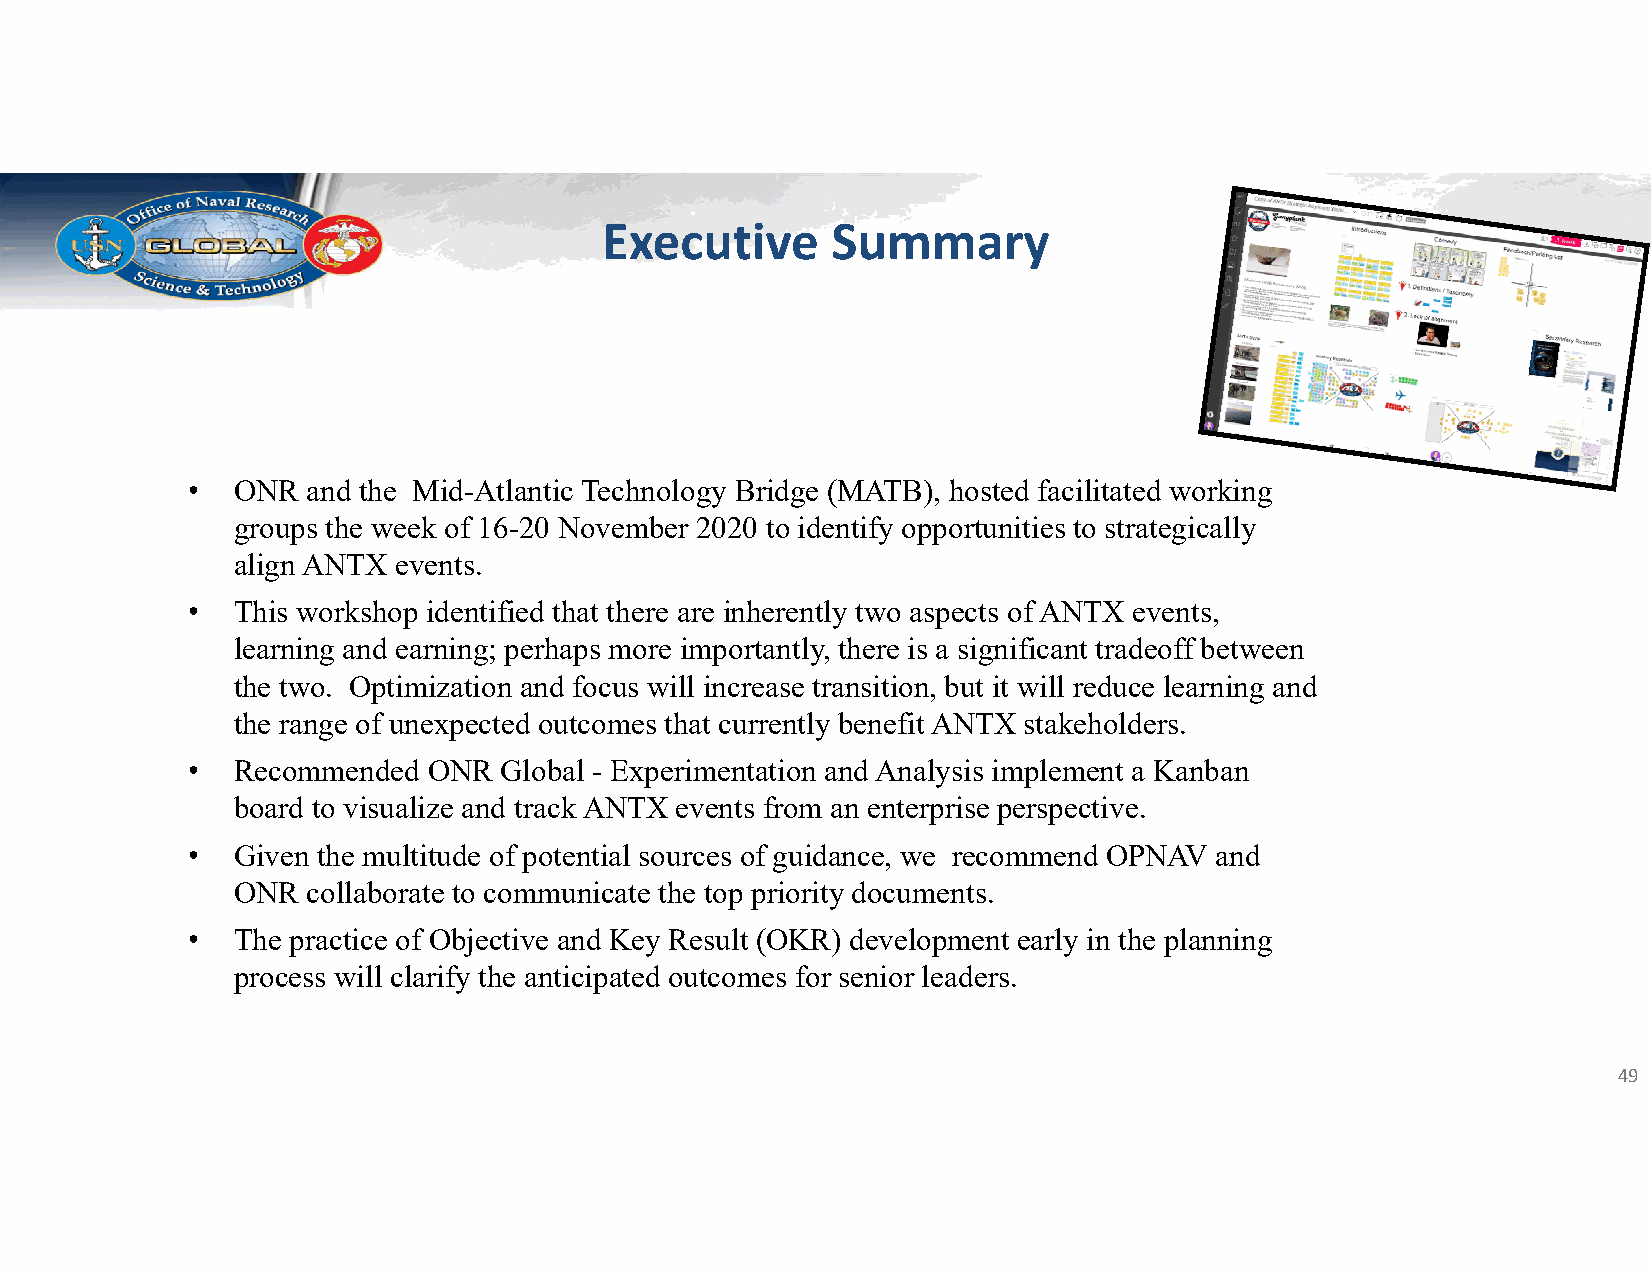
Executive      Summary
 •   ONR and the Mid-Atlantic Technology Bridge (MATB), hosted facilitated working
 groups the week of 16-20 November 2020 to identify opportunities to strategically
 align ANTX events.
 •   This workshop identified that there are inherently two aspects of ANTX events,
 learning and earning; perhaps more importantly, there is a significant tradeoff between
 the two. Optimization and focus will increase transition, but it will reduce learning and
 the range of unexpected outcomes that currently benefit ANTX stakeholders.
 •   Recommended ONR  Global - Experimentation and Analysis implement a Kanban
 board to visualize and track ANTX events from an enterprise perspective.
 •   Given the multitude of potential sources of guidance, we recommend OPNAV and
 ONR collaborate to communicate the top priority documents.
 •   The practice of Objective and Key Result (OKR) development early in the planning
 process will clarify the anticipated outcomes for senior leaders.
 49